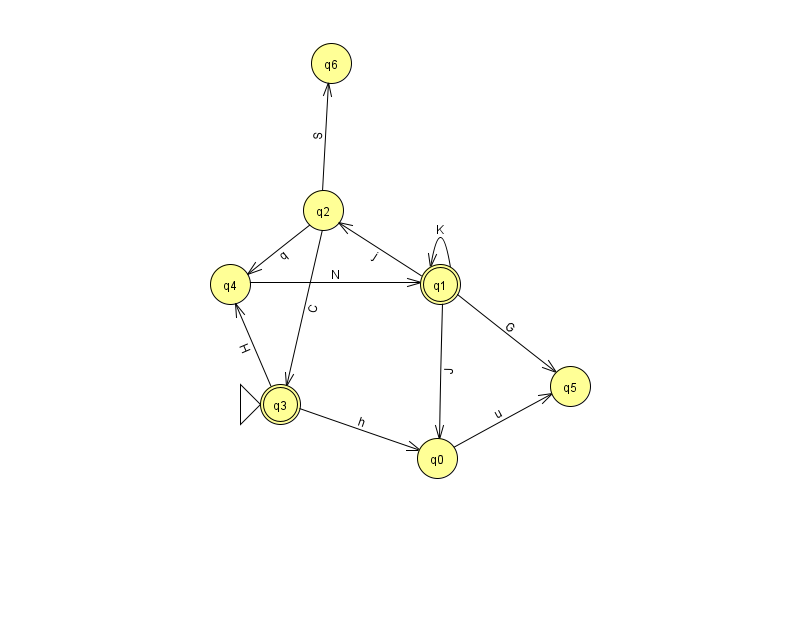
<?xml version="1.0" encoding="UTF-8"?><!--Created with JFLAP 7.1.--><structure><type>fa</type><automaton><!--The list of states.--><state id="0" name="q0"><x>437.0</x><y>445.0</y></state><state id="1" name="q1"><x>440.0</x><y>271.0</y><final/></state><state id="2" name="q2"><x>323.0</x><y>197.0</y></state><state id="3" name="q3"><x>280.0</x><y>391.0</y><initial/><final/></state><state id="4" name="q4"><x>230.0</x><y>271.0</y></state><state id="5" name="q5"><x>570.0</x><y>373.0</y></state><state id="6" name="q6"><x>331.0</x><y>50.0</y></state><!--The list of transitions.--><transition><from>3</from><to>4</to><read>H</read></transition><transition><from>1</from><to>0</to><read>J</read></transition><transition><from>0</from><to>5</to><read>u</read></transition><transition><from>2</from><to>4</to><read>q</read></transition><transition><from>2</from><to>6</to><read>S</read></transition><transition><from>1</from><to>5</to><read>G</read></transition><transition><from>1</from><to>1</to><read>K</read></transition><transition><from>1</from><to>2</to><read>j</read></transition><transition><from>3</from><to>0</to><read>h</read></transition><transition><from>4</from><to>1</to><read>N</read></transition><transition><from>2</from><to>3</to><read>C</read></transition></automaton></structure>